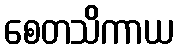
စေတသိကာယ